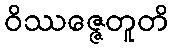
ဝိဿဇ္ဇေတူတိ